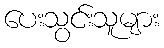
ပေးသွင်းသူများ